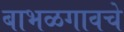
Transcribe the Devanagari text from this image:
बाभळगावचे